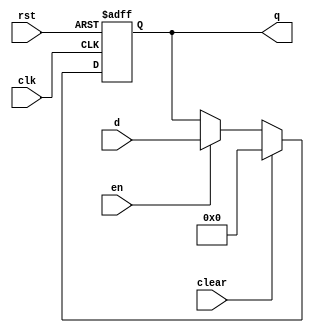
`timescale 1ns / 1ps
//////////////////////////////////////////////////////////////////////////////////
// Company: 
// Engineer: 
// 
// Design Name: 
// Module Name: flopenrc
// Project Name: 
// Target Devices: 
// Tool Versions: 
// Description: 
// 
// Dependencies: 
// 
// Revision:
// Revision 0.01 - File Created
// Additional Comments:
// 
//////////////////////////////////////////////////////////////////////////////////


module flopenrc #(parameter WIDTH = 8)(
	input wire clk,rst,en,clear,
	input wire [WIDTH-1:0] d,
	output reg [WIDTH-1:0] q
    );
	always @(posedge clk,posedge rst) begin
	   if(rst)begin
	       q<=0; 
	   end else if(clear) begin
	       q<=0; 
	   end else if(en) begin
	       q<=d;
	   end
	end
endmodule